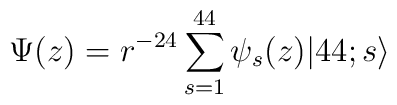
\Psi(z) = r^{-24}\sum_{s=1}^{44}\psi_s(z)|44;s\rangle